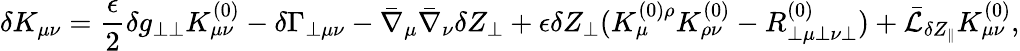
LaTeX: \delta K_{\mu\nu}=\frac{\epsilon}{2}\delta g_{\perp\perp}K_{\mu\nu}^{(0)}-\delta\Gamma_{\perp\mu\nu}-\bar{\nabla}_{\mu}\bar{\nabla}_{\nu}\delta Z_{\perp}+\epsilon\delta Z_{\perp}(K_{\mu}^{(0)\rho}K_{\rho\nu}^{(0)}-R_{\perp\mu\perp\nu\perp}^{(0)})+\bar{\cal L}_{\delta Z_{\parallel}}K_{\mu\nu}^{(0)},